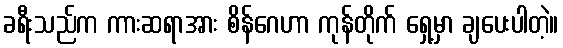
ခရီးသည်က ကားဆရာအား စိန်ဂေဟာ ကုန်တိုက် ရှေ့မှာ ချပေးပါတဲ့။